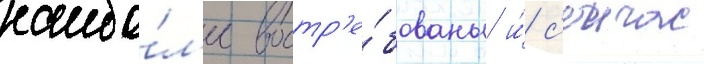
наибо́л'ее востр'е́бованы и́ с'еичас